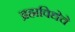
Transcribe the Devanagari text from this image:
ब्रह्मविद्येचे